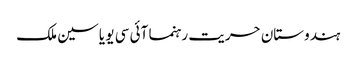
ہندوستان حریت رہنما آئی سی یو یاسین ملک